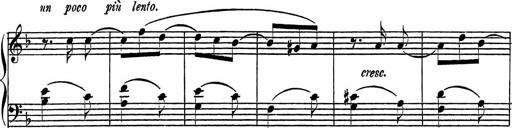
Title: Piano Sonatinas
Composer: Charles Fradel